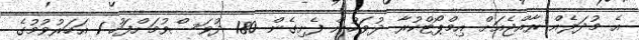
އެ މުދަލެއް ރާއްޖެއަށް އިމްޕޯޓްކުރާ ދުވަހުން ފެށިގެން 180 ދުވަސްވުމަށްފަހު 1 އަހަރުވުމުގެ